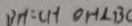
B H = C H O H \bot B C